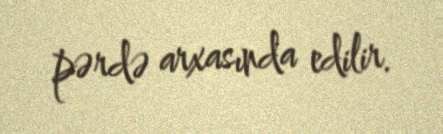
pərdə arxasında edilir.